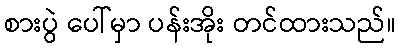
စားပွဲ ပေါ်မှာ ပန်းအိုး တင်ထားသည်။